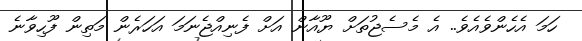
ހަމަ އެހެންވެއެވެ.. އެ މެސެޖުތަށް ޔޫއާން އަށް ފެނިއްޖެނަމަ އަހަރެން މަތިން ފޫހިވާނެ